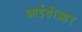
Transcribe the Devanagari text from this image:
आईडीआर